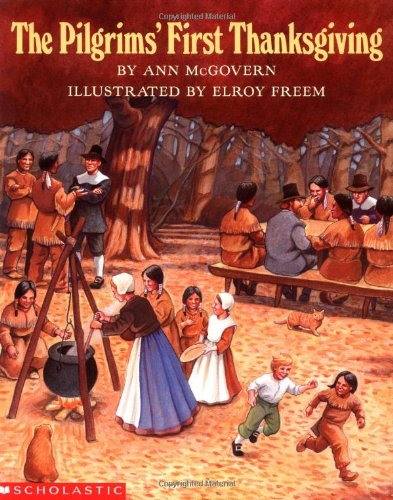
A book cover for The Pilgrims' First Thanksgiving; Ann Mcgovern; Children's Books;